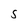
Character: S